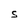
Character: S